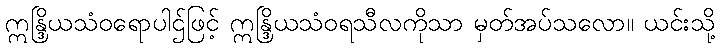
ဣန္ဒြိယသံဝရောပါဌ်ဖြင့် ဣန္ဒြိယသံဝရသီလကိုသာ မှတ်အပ်သလော။ ယင်းသို့